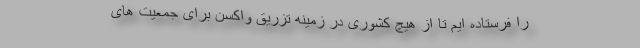
را فرستاده ایم تا از هیچ کشوری در زمینه تزریق واکسن برای جمعیت های